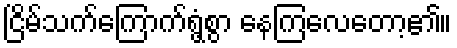
ငြိမ်သက်ကြောက်ရွံ့စွာ နေကြလေတော့၏။